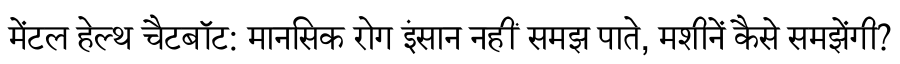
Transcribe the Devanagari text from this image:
मेंटल हेल्थ चैटबॉट: मानसिक रोग इंसान नहीं समझ पाते, मशीनें कैसे समझेंगी?